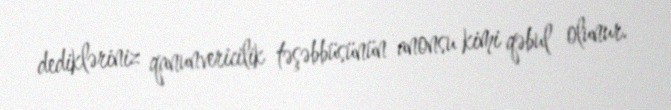
dedikləriniz qanunvericilik təşəbbüsünün anonsu kimi qəbul olunur.